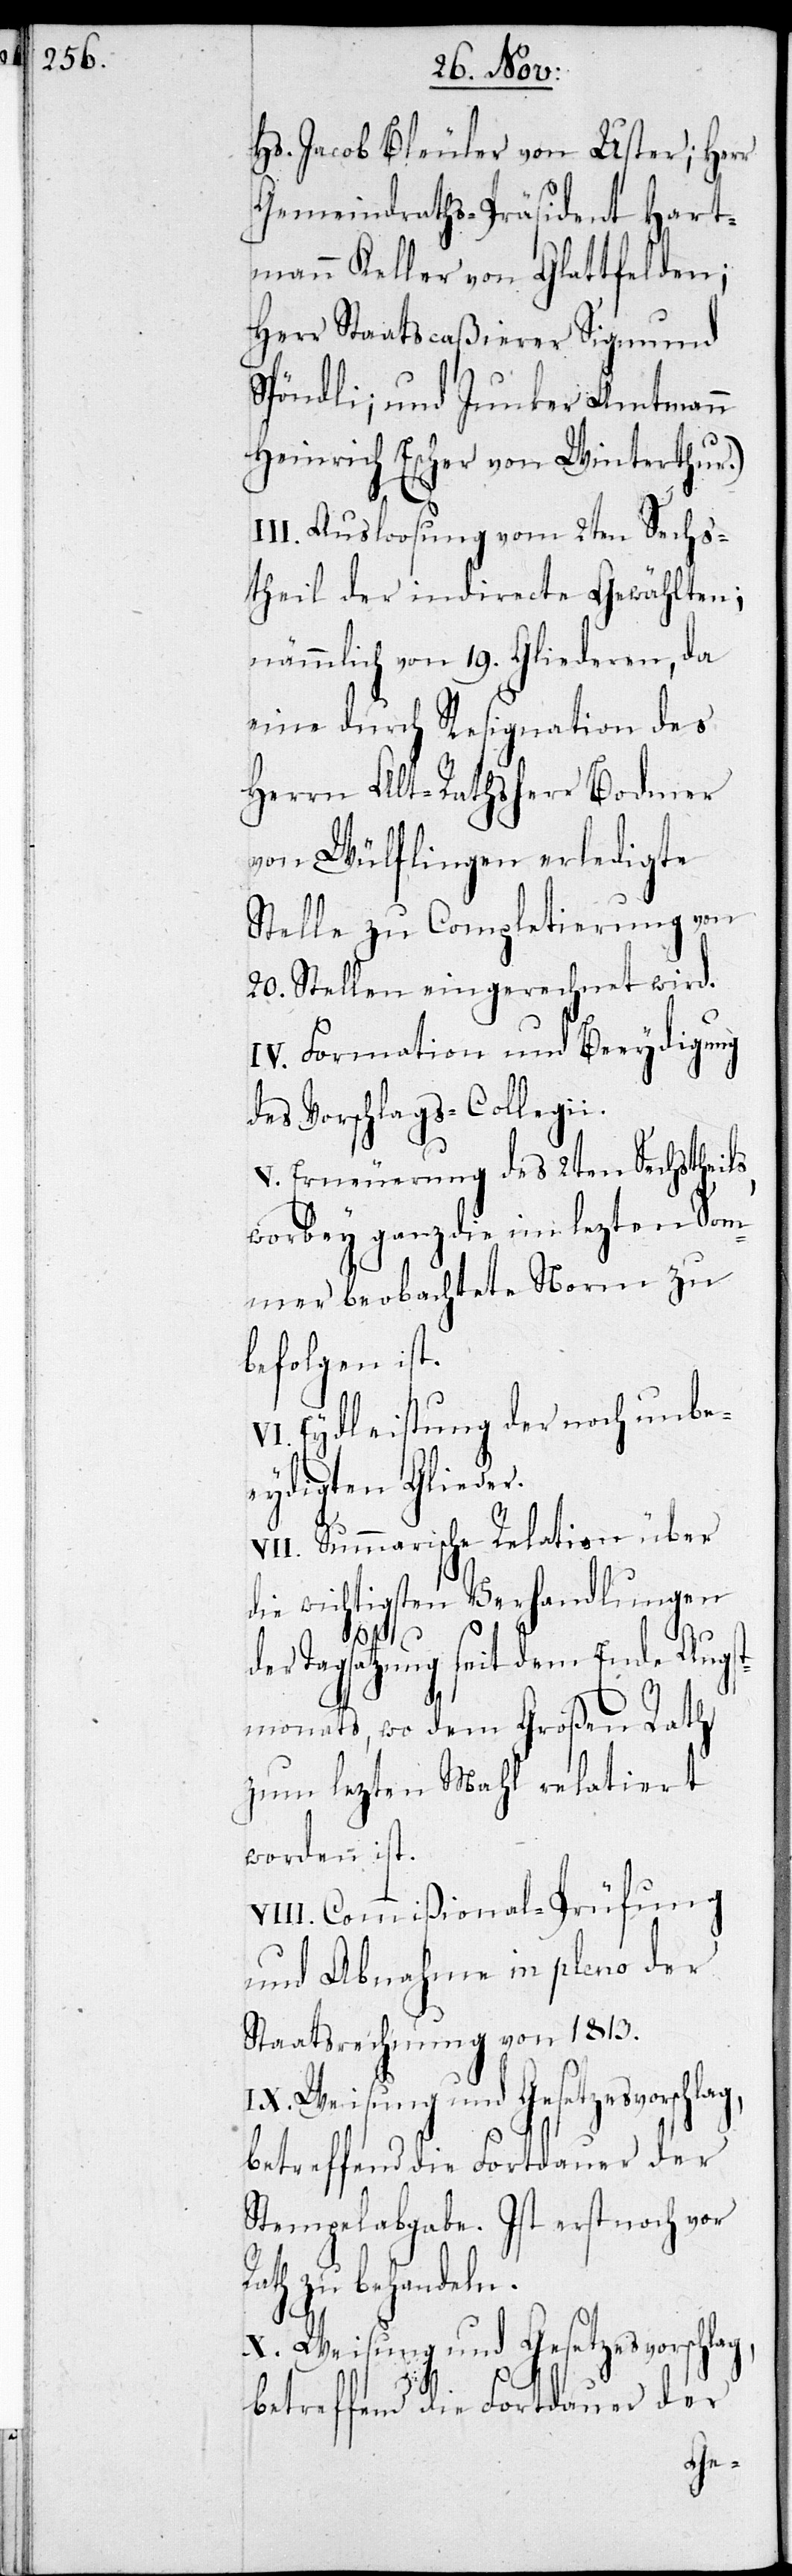
Hs. Jacob Bleuler von Uster; Herr
Gemeindraths-Präsident Hart¬
mann Keller von Glattfelden;
Herr Staatscaßierer Sigmund
Spöndli; und Junker Amtmann
Heinrich Escher von Winterthur).
III. Ausloosung vom 2ten Sechs¬
theil der indirecte Gewählten;
nämlich von 19. Gliederen, da
eine durch Resignation der
Herren Alt-Rathsherr Bodmer
von Wülflingen erledigte
Stelle zu Completierung von
20. Stellen eingerechnet wird.
IV. Formation und Beeydigung
des Vorschlags-Collegii.
V. Erneuerung des 2ten Sechstheils,
worbey ganz die im lezten Som¬
mer beobachtete Norm zu
befolgen ist.
VI. Eydleistung der noch unbe¬
eydigten Glieder.
VII. Summarische Relation über
die wichtigsten Verhandlungen
V¬
der Tagsatzung seit dem Ende Augst¬
monats, wo dem Großen Rath
zum lezten Mahl relatiert
worden ist.
III. Commißional-Prüfung
und Abnahme in pleno der
Staatsrechnung von 1813.
betreffend die Fortdauer der
Stempelabgabe. Ist erst noch vor
Rath zu behandeln.
X. Weisung und Gesetzesvorschlag